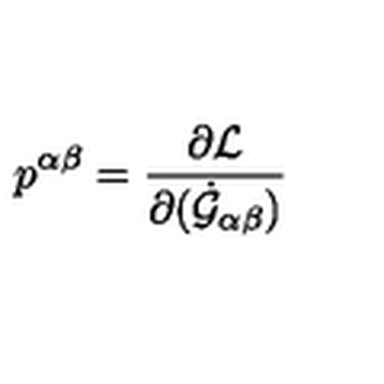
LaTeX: p ^ { \alpha \beta } = \frac { \partial { \cal L } } { \partial ( \dot { \cal G } _ { \alpha \beta } ) }